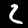
Digit: 2